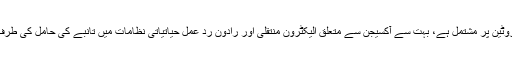
ایک صاف جسمانی اور حیاتی کیمیائی اثر ہر ینجائم ایک تانبے پروٹین پر مشتمل ہے، بہت سے آکسیجن سے متعلق الیکٹرون منتقلی اور رادون رد عمل حیاتیاتی نظامات میں تانبے کی حامل کی طرف سے کاتلیید ہیں خامروں، جو زندگی کے عمل کے لیے اہم ہیں ۔